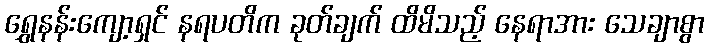
ရွှေနန်းကျော့ရှင် နရပတိက ခုတ်ချက် ထိမိသည့် နေရာအား သေချာစွာ